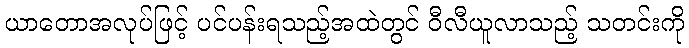
ယာတောအလုပ်ဖြင့် ပင်ပန်းရသည့်အထဲတွင် ဝီလီယူလာသည့် သတင်းကို